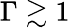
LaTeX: \Gamma\gtrsim 1